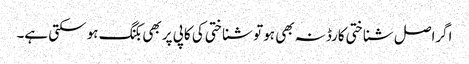
اگراصل شناختی کارڈنہ بھی ہو تو شناختی کی کاپی پر بھی بکنگ ہو سکتی ہے۔